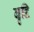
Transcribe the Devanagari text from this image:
बृद्दि